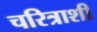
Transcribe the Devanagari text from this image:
चरित्राशी